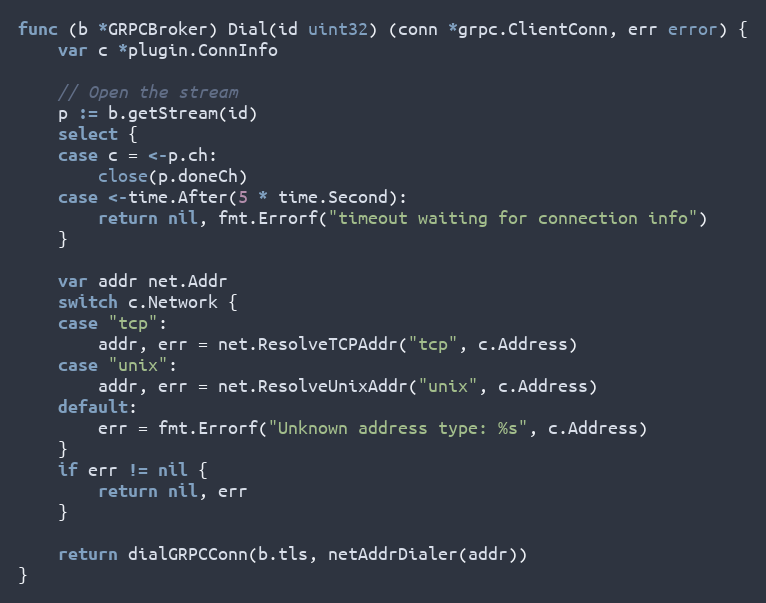
Language: Go
func (b *GRPCBroker) Dial(id uint32) (conn *grpc.ClientConn, err error) {
	var c *plugin.ConnInfo

	// Open the stream
	p := b.getStream(id)
	select {
	case c = <-p.ch:
		close(p.doneCh)
	case <-time.After(5 * time.Second):
		return nil, fmt.Errorf("timeout waiting for connection info")
	}

	var addr net.Addr
	switch c.Network {
	case "tcp":
		addr, err = net.ResolveTCPAddr("tcp", c.Address)
	case "unix":
		addr, err = net.ResolveUnixAddr("unix", c.Address)
	default:
		err = fmt.Errorf("Unknown address type: %s", c.Address)
	}
	if err != nil {
		return nil, err
	}

	return dialGRPCConn(b.tls, netAddrDialer(addr))
}